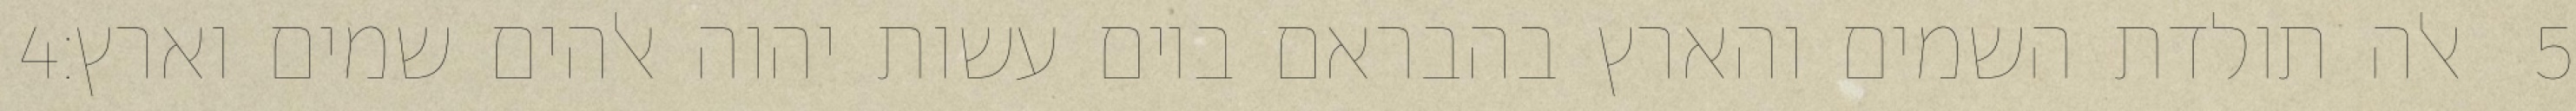
‎4‏ אלה תולדת השמים והארץ בהבראם ביום עשות יהוה אלהים שמים וארץ׃ ‎5‏